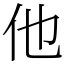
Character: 他